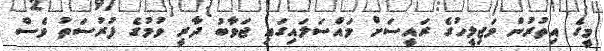
މީގެ އިތުރުން މަޖިލީހުގެ ރައީސަށް މައްސަލައިގައި ޖަވާބު ދާރީ ވުމުގެ ފުރުސަތު ވެސް